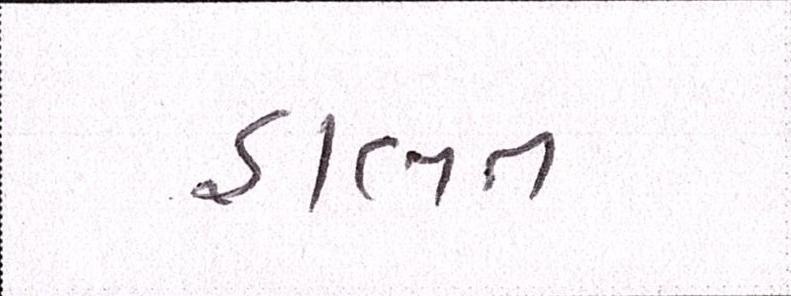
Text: હાલત